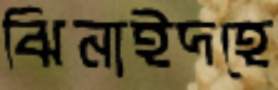
ঝিনাইদহে